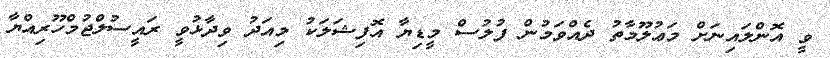
ވީ އޮންލައިނަށް މަޢުލޫމާތު ދެއްވަމުން ފުލުސް މީޑިޔާ އޮފިޝަލަކު މިއަދު ވިދާޅުވީ ރައީސުލްޖުމްހޫރިއްޔާ